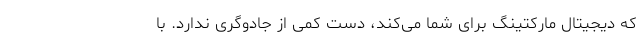
که دیجیتال مارکتینگ برای شما می‌کند، دست کمی از جادوگری ندارد. با